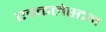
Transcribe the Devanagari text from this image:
एक्कलेस्टन